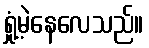
ရှုံ့မဲ့နေလေသည်။